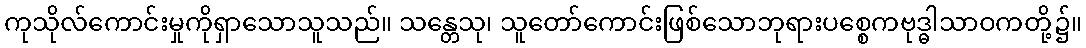
ကုသိုလ်ကောင်းမှုကိုရှာသောသူသည်။ သန္တေသု၊ သူတော်ကောင်းဖြစ်သောဘုရားပစ္စေကဗုဒ္ဓါသာဝကတို့၌။